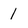
Character: 1